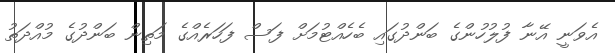
އެވަނީ އޭނާ ފުލުހުންގެ ބަންދުގައި ބެހެއްޓުމަށް ފަސް ފަހަރެއްގެ މަތިން ބަންދުގެ މުއްދަތު